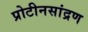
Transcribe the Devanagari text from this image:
प्रोटीनसांद्रण